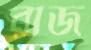
রাজ